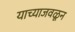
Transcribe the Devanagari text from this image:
याच्याजवळून